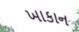
ખાકાન